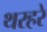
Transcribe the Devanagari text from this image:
थरहरे